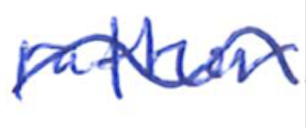
Text: rather
Cross-out: wave
Writing tool: ballpoint